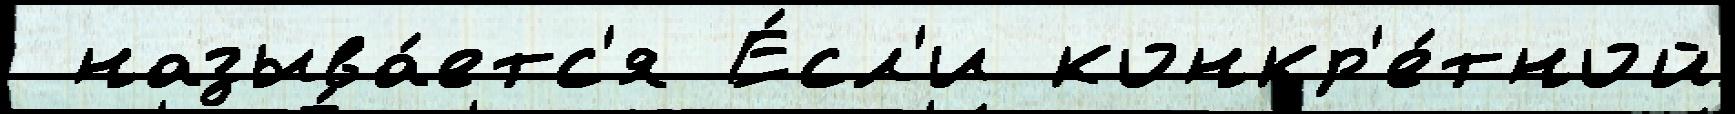
 называ́етс'я Е́сл'и конкр'е́тной